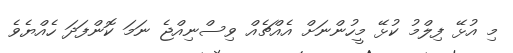
މި އުޅޭ ފިލްމު ކުޅޭ މީހުންނަށް އެއްޗެއް ވިސްނިއްޖެ ނަމަ ކޮންފަދަ ހެއްޔެވެ